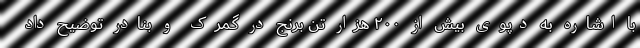
با اشاره به دپوی بیش از ۲۰۰ هزار تن برنج در گمرک و بنادر توضیح داد